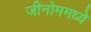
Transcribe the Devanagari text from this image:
जीनोममध्ये